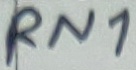
Text: RN1